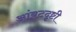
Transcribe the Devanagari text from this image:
आंबटदृष्टी